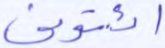
ائتوني